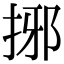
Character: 捓